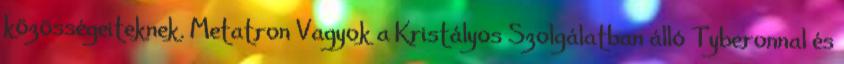
közösségeiteknek. Metatron Vagyok a Kristályos Szolgálatban álló Tyberonnal és